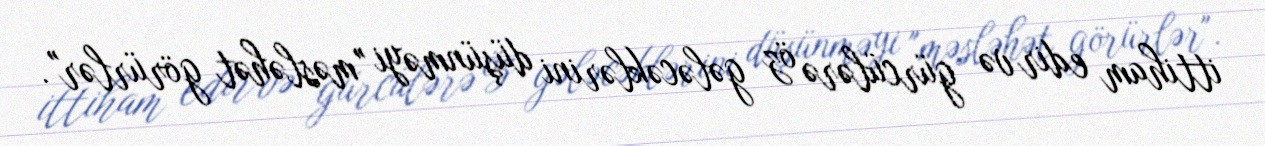
ittiham edir və gürcülərə öz gələcəklərini düşünməyi "məsləhət görürlər".